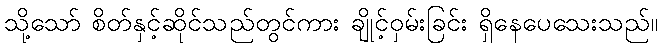
သို့သော် စိတ်နှင့်ဆိုင်သည်တွင်ကား ချိုင့်ဝှမ်းခြင်း ရှိနေပေသေးသည်။